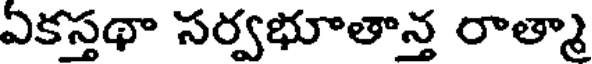
ఏకస్తథా సర్వభూతాన్త రాత్మా